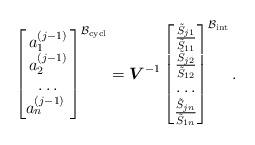
LaTeX: \begin{gather*}\begin{bmatrix} a_1^{(j-1)} \\ a_2^{(j-1)} \\ \ldots \\ a_n^{(j-1)} \ \end{bmatrix} ^{\mathcal{B}_{\rm cycl}}= \boldsymbol{V}^{-1}\begin{bmatrix} \frac{ \tilde{S}_{j1}}{ \tilde{S}_{11}} \\ \frac{ \tilde{S}_{j2}}{ \tilde{S}_{12} } \\ \ldots \\ \frac{ \tilde{S}_{jn}}{ \tilde{S}_{1n} }\end{bmatrix}^{\mathcal{B}_{\rm int}} .\end{gather*}